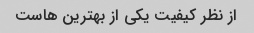
از نظر کیفیت یکی از بهترین هاست